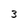
Character: 3